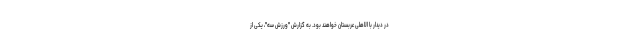
در دیدار با الاهلی عربستان خواهند بود. به گزارش "ورزش سه"، یکی از